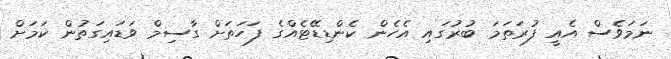
ނަމަވެސް އެއީ ފުރަތަމަ ބުރުގައި އެހެން ކެންޑިޑޭޓެއްގެ ފަހަތަށް ގާސިމް ވަޑައިގަތުން ކަމަށް